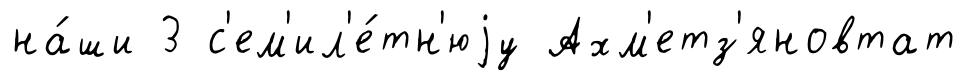
на́ши 3 с'ем'ил'е́тн'юjу Ахм'етз'яновтат